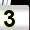
Digit: 3